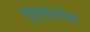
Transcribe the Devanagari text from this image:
फुल्यांनीव